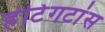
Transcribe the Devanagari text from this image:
हंटिंगटांस